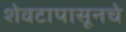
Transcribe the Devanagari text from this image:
शेवटापासूनचे